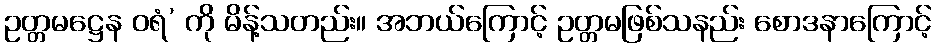
ဥတ္တမဋ္ဌေန ဝရံ’ ကို မိန့်သတည်း။ အဘယ်ကြောင့် ဥတ္တမဖြစ်သနည်း စောဒနာကြောင့်